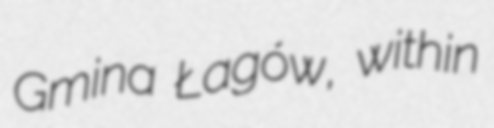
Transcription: Gmina Łagów, within